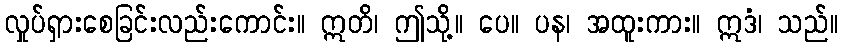
လှုပ်ရှားစေခြင်းလည်းကောင်း။ ဣတိ၊ ဤသို့။ ပေ။ ပန၊ အထူးကား။ ဣဒံ၊ သည်။